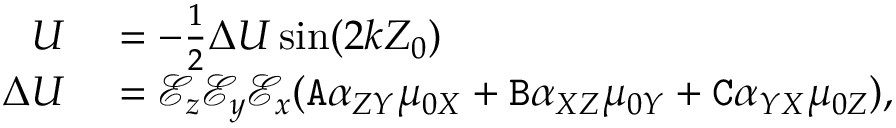
\begin{array} { r l } { U } & { { } = - \frac { 1 } { 2 } \Delta U \sin ( 2 k Z _ { 0 } ) } \\ { \Delta U } & { { } = \mathcal { E } _ { z } \mathcal { E } _ { y } \mathcal { E } _ { x } ( \mathtt { A } \alpha _ { Z Y } \mu _ { 0 X } + \mathtt { B } \alpha _ { X Z } \mu _ { 0 Y } + \mathtt { C } \alpha _ { Y X } \mu _ { 0 Z } ) , } \end{array}